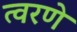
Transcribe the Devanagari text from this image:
त्वरणे